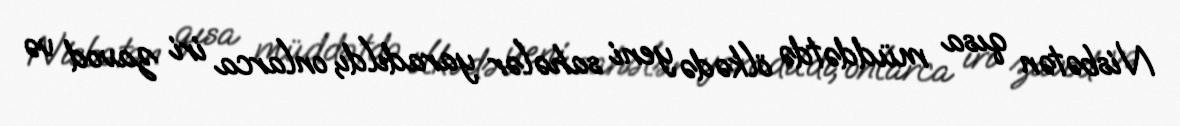
Nisbətən qısa müddətdə ölkədə yeni sahələr yaradıldı, onlarca iri zavod və